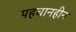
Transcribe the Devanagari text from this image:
पहचानहीन